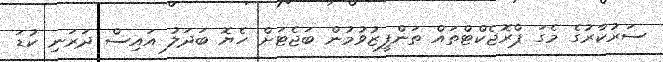
ސަރުކާރުގެ މެގަ ޕްރޮޖެކްޓްތައް ތަންފީޒުވުމުން ބަޖެޓަށް ހެޔޮ ބަދަލު އައިސް ދަރަނި ކުޑަ